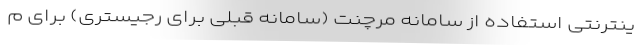
ینترنتی استفاده از سامانه مرچنت (سامانه قبلی برای رجیستری) برای م